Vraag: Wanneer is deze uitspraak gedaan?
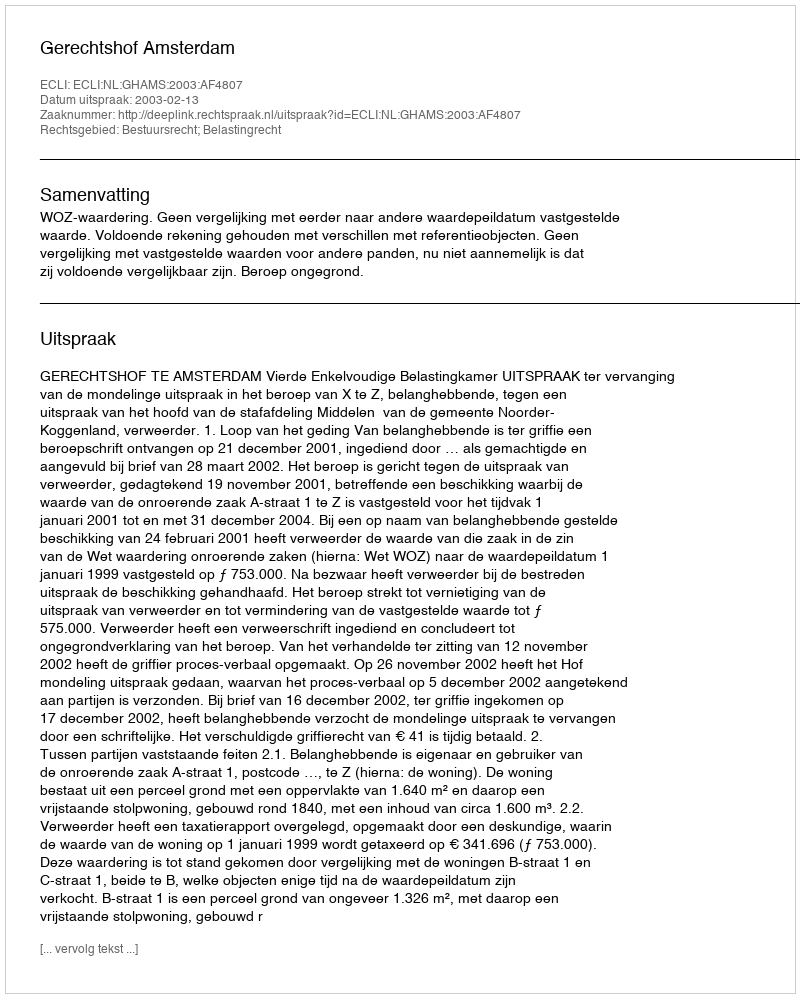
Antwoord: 2003-02-13